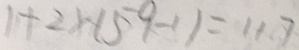
1 + 2 \times ( 5 9 - 1 ) = 1 1 . 7